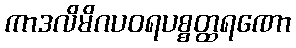
ကာဒလိမိဂပဝရပစ္စတ္ထရဏော